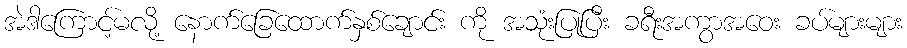
အဲဒါကြောင့်မလို့ နောက်ခြေထောက်နှစ်ချောင်း ကို အသုံးပြုပြီး ခရီးအကွာအဝေး ခပ်များများ